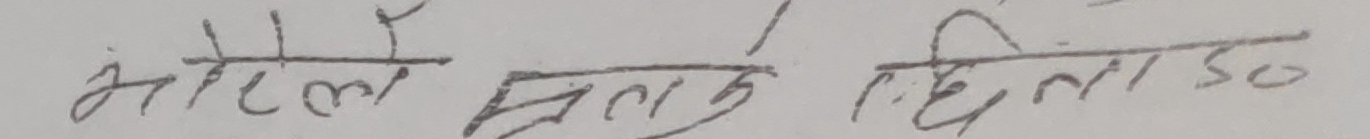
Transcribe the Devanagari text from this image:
मोटेले हिजो दि १50